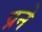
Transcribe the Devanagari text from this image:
प्रने